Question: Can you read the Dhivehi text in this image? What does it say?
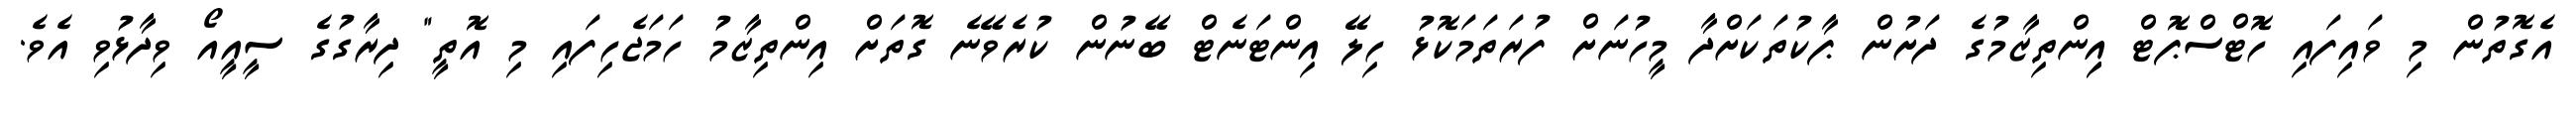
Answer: އެގޮތުން މި ވައިފައި ހޮޓްސްޕޮޓް އިިންތިޒާމުގެ ދަށުން ޕާކުތަކަށްދާ މީހުނަށް ފުރަތަމަކޮޅު ހިލޭ އިންޓަނެޓް ބޭނުން ކުރެވޭނެ ގޮތަށް އިންތިޒާމު ހަމަޖެހިފައި މި އޮތީ" ދިރާގުގެ ސީއީއޯ ވިދާޅުވި އެވެ.